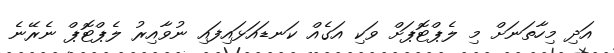
އަދި މިހާތަނަށް މި ލެޕްޓޮޕަށް ވަކި އަގެއް ކަނޑައަޅައިފައި ނުވާއިރު ލެޕްޓޮޕް ނެރޭނެ